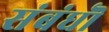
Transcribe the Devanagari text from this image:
संबंधॊ